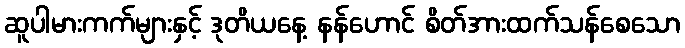
ဆူပါမားကက်များနှင့် ဒုတိယနေ့ နန်ဟောင် စိတ်အားထက်သန်စေသော